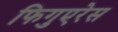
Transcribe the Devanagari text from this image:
फिगुएरेस